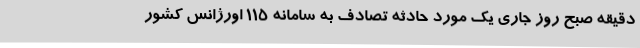
دقیقه صبح روز جاری یک مورد حادثه تصادف به سامانه 115 اورژانس کشور